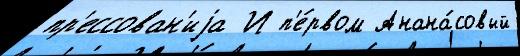
пр'ессован'иjа И п'е́рвом Анана́совый